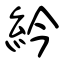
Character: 紟